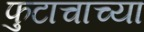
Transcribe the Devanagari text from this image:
फुटाचाच्या